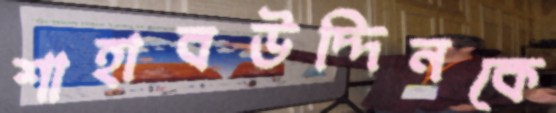
শাহাবউদ্দিনকে